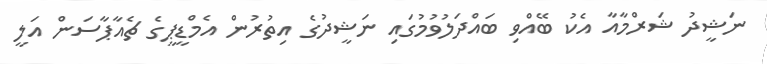
ނަޝީދު ޝަރްމާއާ އެކު ބޭއްވި ބައްދަލުވުމުގައި ނަޝީދުގެ އިތުރުން އެމްޑީޕީގެ ޗެއާޕާސަން އަލީ